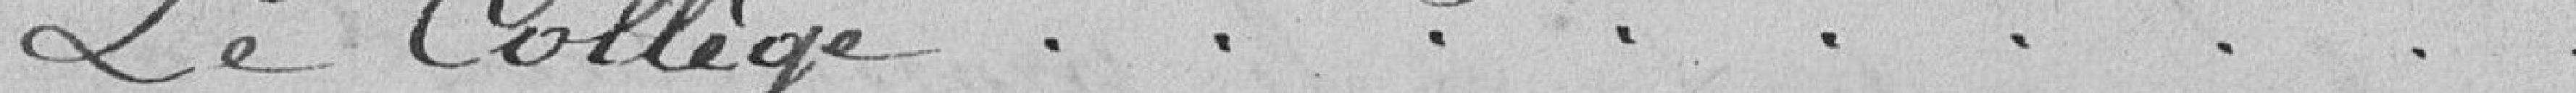
Le Collège